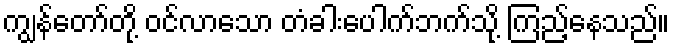
ကျွန်တော်တို့ ဝင်လာသော တံခါးပေါက်ဘက်သို့ ကြည့်နေသည်။